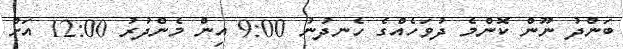
ބަންދު ނޫން ކޮންމެ ދުވަހެއްގެ ހެނދުނު 9:00 އިން މެންދުރު 12:00 އަށް